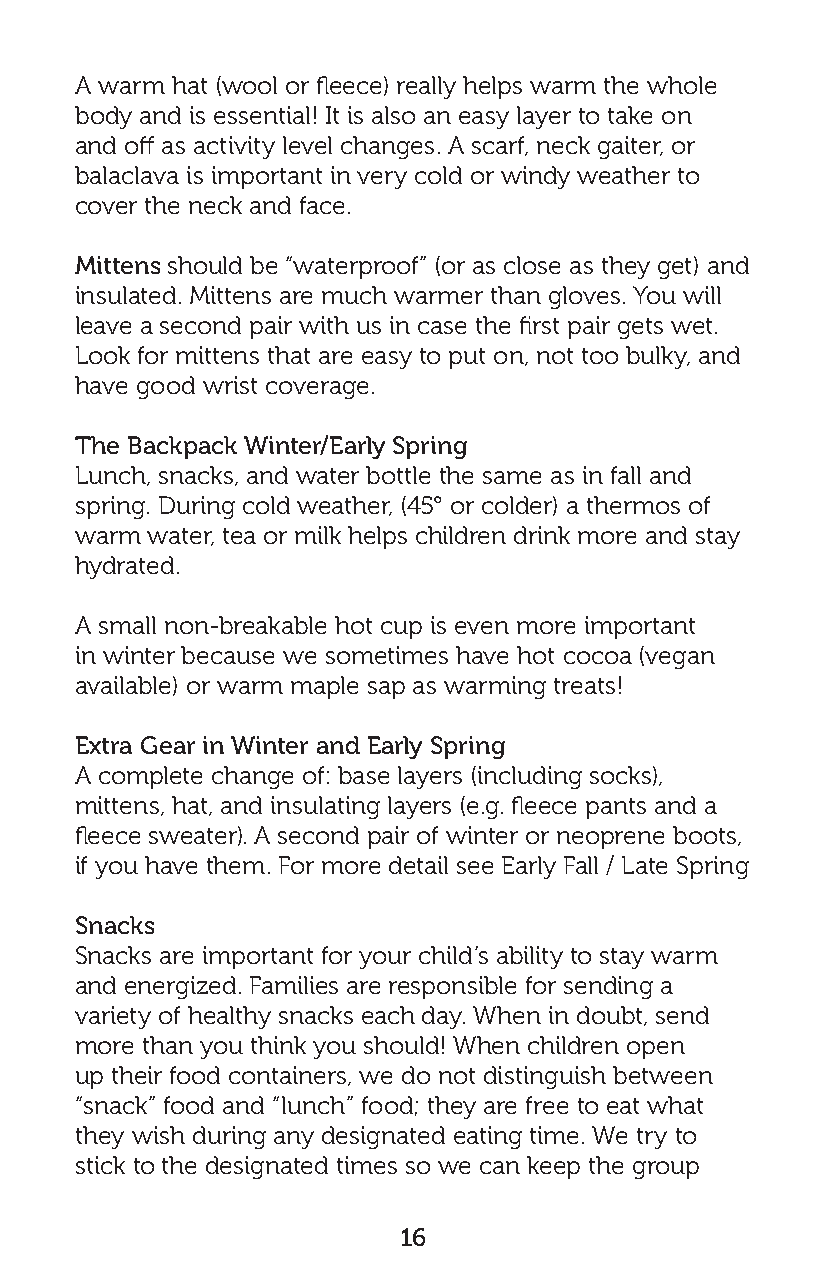
A warm hat (wool or fleece) really helps warm the whole
 body and is essential! It is also an easy layer to take on
 and off as activity level changes. A scarf, neck gaiter, or
 balaclava is important in very cold or windy weather to
 cover the neck and face.
 Mittens should be “waterproof” (or as close as they get) and
 insulated. Mittens are much warmer than gloves. You will
 leave a second pair with us in case the first pair gets wet.
 Look for mittens that are easy to put on, not too bulky, and
 have good wrist coverage.
 The Backpack Winter/Early Spring
 Lunch, snacks, and water bottle the same as in fall and
 spring. During cold weather, (45° or colder) a thermos of
 warm water, tea or milk helps children drink more and stay
 hydrated.
 A small non-breakable hot cup is even more important
 in winter because we sometimes have hot cocoa (vegan
 available) or warm maple sap as warming treats!
 Extra Gear in Winter and Early Spring
 A complete change of: base layers (including socks),
 mittens, hat, and insulating layers (e.g. fleece pants and a
 fleece sweater). A second pair of winter or neoprene boots,
 if you have them. For more detail see Early Fall / Late Spring
 Snacks
 Snacks are important for your child’s ability to stay warm
 and energized. Families are responsible for sending a
 variety of healthy snacks each day. When in doubt, send
 more than you think you should! When children open
 up their food containers, we do not distinguish between
 “snack” food and “lunch” food; they are free to eat what
 they wish during any designated eating time. We try to
 stick to the designated times so we can keep the group
 16